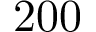
2 0 0